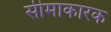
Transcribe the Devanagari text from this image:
सीमाकारक